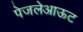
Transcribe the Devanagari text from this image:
पेजलेआऊट